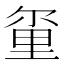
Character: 𫒂